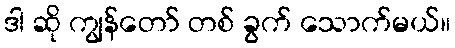
ဒါ ဆို ကျွန်တော် တစ် ခွက် သောက်မယ်။